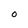
Character: 0